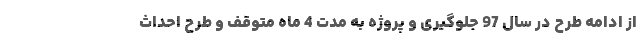
از ادامه طرح در سال 97 جلوگیری و پروژه به مدت 4 ماه متوقف و طرح احداث